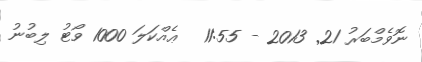
ނޮވެމްބަރު 21